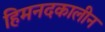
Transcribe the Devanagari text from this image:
हिमनदकालीन